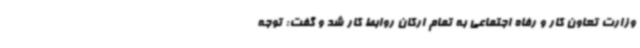
وزارت تعاون کار و رفاه اجتماعی به تمام ارکان روابط کار شد و گفت: توجه